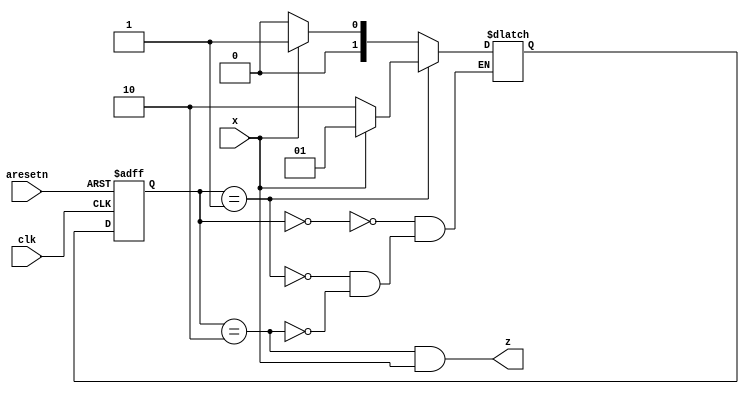
module top_module (
    input clk,
    input aresetn,    // Asynchronous active-low reset
    input x,
    output z );
    
    parameter S0=0, S1=1, S2=2;
    reg [1:0] state, next_state;
    
    always @(posedge clk, negedge aresetn) begin
        if (~aresetn)
            state <= S0;
        else
            state <= next_state;
    end
    
    always@(*) begin
        case(state)
            S0: next_state = x ?S1:S0;
            S1: next_state = x ?S1:S2;
            S2: next_state = x ?S1:S0;
        endcase
    end
    
    assign z = (state == S2) && x;    

endmodule